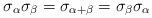
LaTeX: \begin{align*}\sigma_{\alpha}\sigma_{\beta}=\sigma_{\alpha +\beta}=\sigma_{\beta}\sigma_{\alpha} \end{align*}